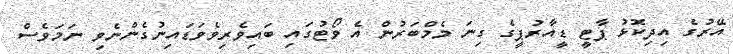
އޭރުގެ އިދިކޮޅު ޕާޓީ ޑީއާރުޕީގެ ގިނަ މެމްބަރުން އެ ވޯޓުގައި ބައިވެރިވެވަޑައިނުގެންނެވި ނަމަވެސް